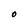
Character: O